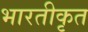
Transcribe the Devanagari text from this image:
भारतीकृत